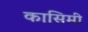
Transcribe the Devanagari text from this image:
कासिमी